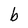
Character: b